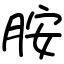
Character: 胺